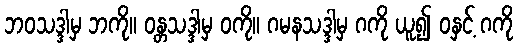
ဘဝသဒ္ဒါမှ ဘကို။ ဝန္တသဒ္ဒါမှ ဝကို။ ဂမနသဒ္ဒါမှ ဂကို ယူ၍ ဝနှင့် ဂကို